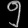
Digit: ၅